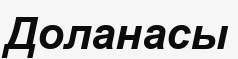
Доланасы